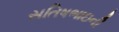
સતિષભાઇની